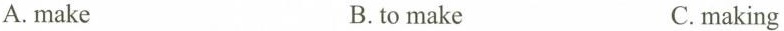
A. make B.to make C.making